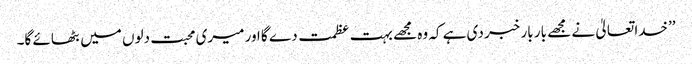
’’خدا تعالیٰ نے مجھے بار بار خبر دی ہے کہ وہ مجھے بہت عظمت دے گا اور میری محبت دلوں میں بٹھائے گا۔